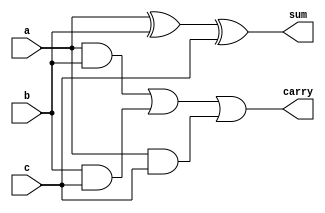
module fulladder_1(a,b,c,sum,carry);
   input a,b,c;
   output sum, carry;
   assign sum= a^b^c;
   assign carry= (a&b)|(b&c)|(a&c);
endmodule